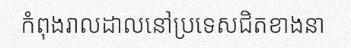
កំពុងរាលដាលនៅប្រទេសជិតខាងនា